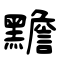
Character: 黵